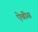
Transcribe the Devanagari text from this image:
ऐबीस